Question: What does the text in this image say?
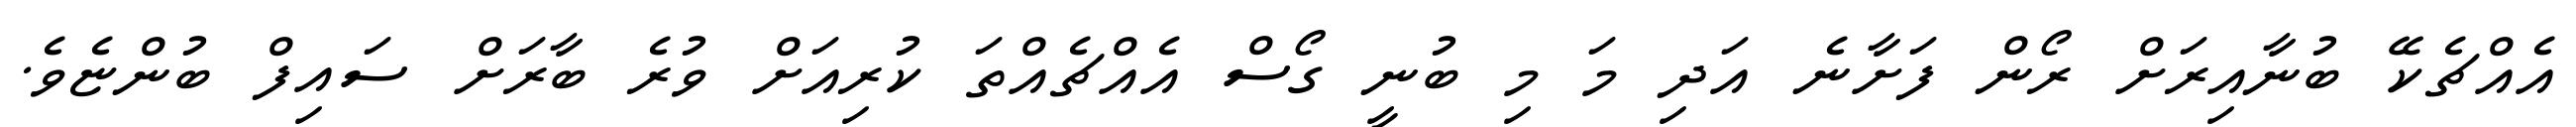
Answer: އެއްޗެކޭ ބުނާއިރަށް ރޯން ފަށާނެ އަދި މަ މި ބުނީ ގޯސް އެއްޗެއްތަ ކުރިއަށް ވުރެ ބާރަށް ސައިފް ބުންޏެވެ.